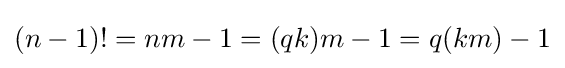
(n-1)!=nm-1=(qk)m-1=q(km)-1